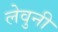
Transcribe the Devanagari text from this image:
लेवुनी